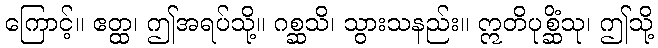
ကြောင့်။ ဧတ္ထ၊ ဤအရပ်သို့။ ဂစ္ဆသိ၊ သွားသနည်း။ ဣတိပုစ္ဆိံသု၊ ဤသို့